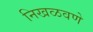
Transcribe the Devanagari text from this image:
निखळवणे